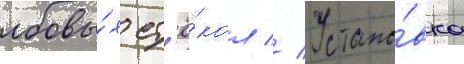
лобовы́х ст'ё́кол // Устано́вка